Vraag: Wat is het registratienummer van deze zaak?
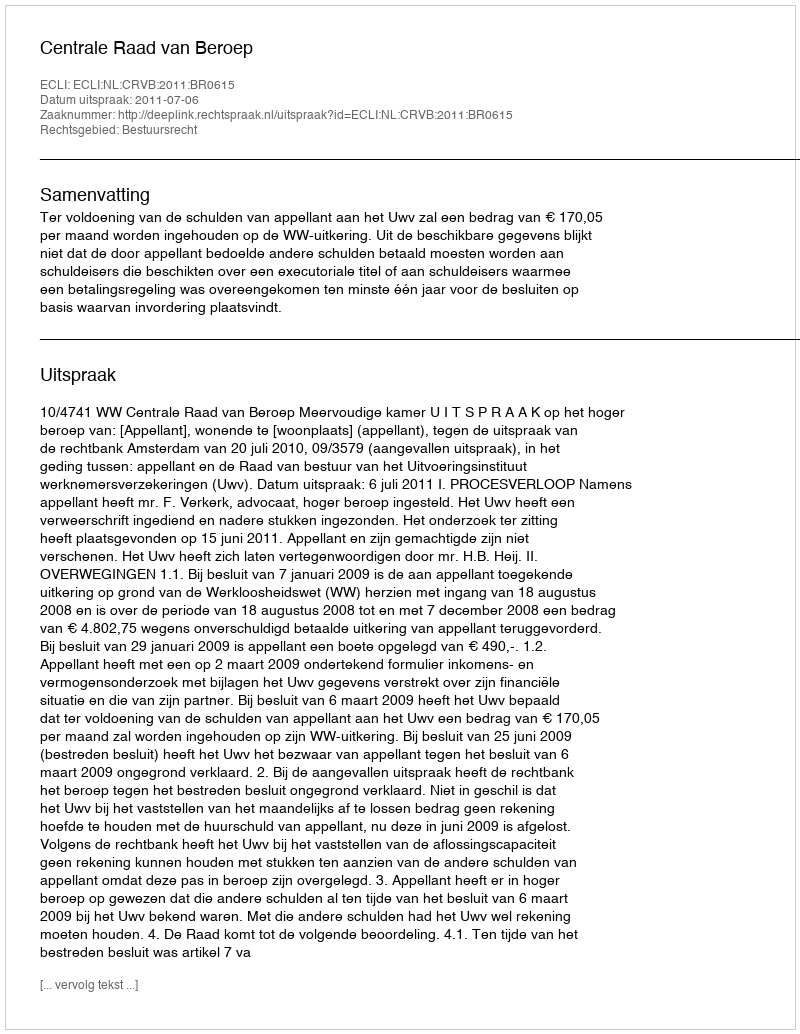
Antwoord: http://deeplink.rechtspraak.nl/uitspraak?id=ECLI:NL:CRVB:2011:BR0615